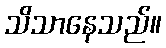
သိသာနေသည်။